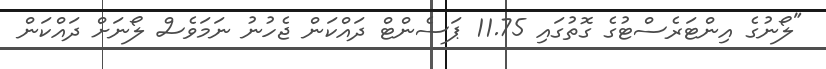
"ލޯނުގެ އިންޓަރެސްޓުގެ ގޮތުގައި 11.75 ޕަސެންޓް ދައްކަން ޖެހުނު ނަމަވެސް ލޯނަށް ދައްކަން